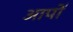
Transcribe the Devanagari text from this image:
आपो॑